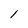
Character: l